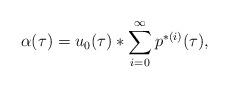
LaTeX: \begin{align*} \alpha(\tau) = u_0(\tau) *\sum_{i = 0}^\infty p^{*(i)}(\tau),\end{align*}